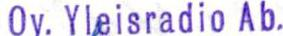
Oy.Yleisradio Ab.